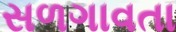
સળગાવતા